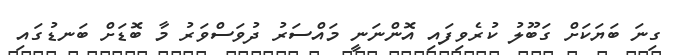
ގިނަ ބަޔަކަށް ގަބޫލު ކުރެވިފައި އޮންނަނީ މައްސަރު ދުވަސްވަރު މާ ބޮޑަށް ބަނޑުގައި